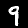
Digit: 9